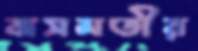
বাসমতীর